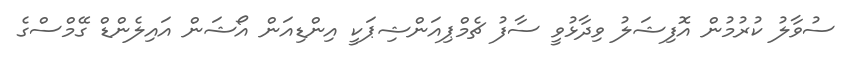
ސުވާލު ކުރުމުން އޮފިޝަލު ވިދާޅުވީ ސާފު ޗެމްޕިއަންޝިޕަކީ އިންޑިއަން އޯޝަން އައިލެންޑް ގޭމްސްގެ